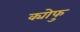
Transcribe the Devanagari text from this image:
क्योफु